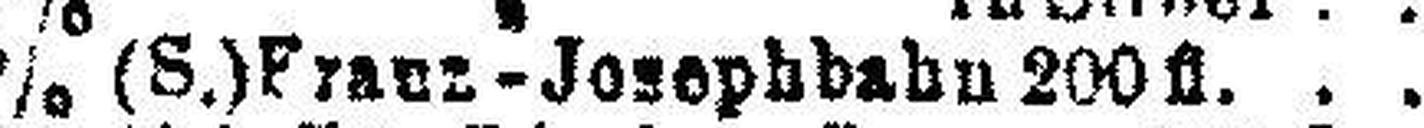
5% (S.) Franz-Josephbahn 200 fl.